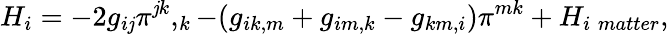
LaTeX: H_{i}=-2g_{i\mathit{j}}\pi^{\mathit{j}k},_{k}-(g_{ik,m}+g_{im,k}-g_{km,i})\pi^{mk}+H_{i\; matter},